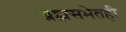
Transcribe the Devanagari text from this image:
ब्रह्मसभेतही